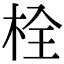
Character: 栓